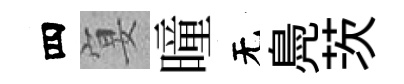
四宴曈无鳧茨